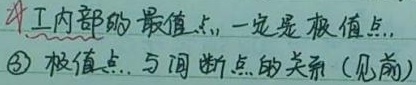
内内部的最值点，一定是极值点。\textcircled{3} 极值点与间断点的关系 (见前)